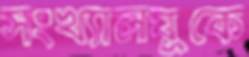
সংখ্যালঘুকে